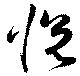
悅